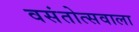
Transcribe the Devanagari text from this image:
वसंतोत्सवाला